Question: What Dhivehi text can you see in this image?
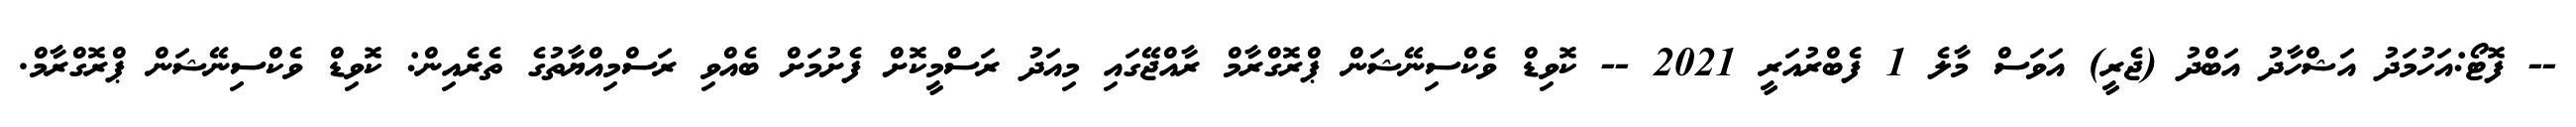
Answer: -- ފޮޓޯ:އަހުމަދު އަޝްހާދު އަބްދު (ޖެރީ) އަވަސް މާލެ 1 ފެބްރުއަރީ 2021 -- ކޮވިޑް ވެކްސިނޭޝަން ޕްރޮގްރާމް ރާއްޖޭގައި މިއަދު ރަސްމީކޮށް ފެށުމަށް ބެއްވި ރަސްމިއްޔާތުގެ ތެރެއިން: ކޮވިޑް ވެކްސިނޭޝަން ޕްރޮގްރާމް.